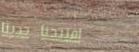
افتتحنا حديثاً